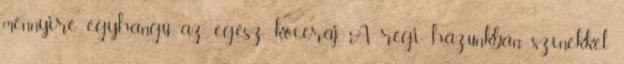
mennyire egyhangú az egész kóceráj. A régi házunkban színekkel